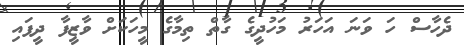
ދެހާސް ހަ ވަނަ އަހަރު މަހުދީގެ ގާތް ތިމާގެ މީހަކަށް ވާޒީފާ ދީފައި